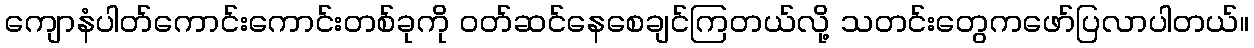
ကျောနံပါတ်ကောင်းကောင်းတစ်ခုကို ဝတ်ဆင်နေစေချင်ကြတယ်လို့ သတင်းတွေကဖော်ပြလာပါတယ်။